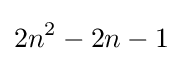
2n^{2}-2n-1